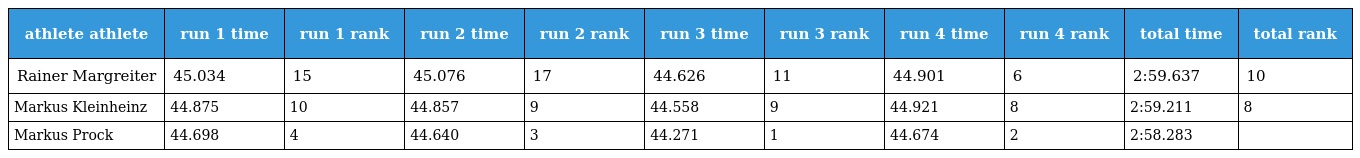
| athlete athlete | run 1 time | run 1 rank | run 2 time | run 2 rank | run 3 time | run 3 rank | run 4 time | run 4 rank | total time | total rank |
 | --- | --- | --- | --- | --- | --- | --- | --- | --- | --- | --- |
 | Rainer Margreiter | 45.034 | 15 | 45.076 | 17 | 44.626 | 11 | 44.901 | 6 | 2:59.637 | 10 |
 | Markus Kleinheinz | 44.875 | 10 | 44.857 | 9 | 44.558 | 9 | 44.921 | 8 | 2:59.211 | 8 |
 | Markus Prock | 44.698 | 4 | 44.640 | 3 | 44.271 | 1 | 44.674 | 2 | 2:58.283 |  |